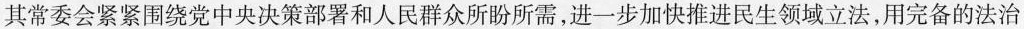
其常委会紧紧围绕党中央决策部署和人民群众所盼所需，进一步加快推进民生领域立法，用完备的法治